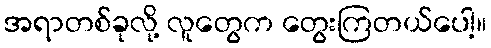
အရာတစ်ခုလို့ လူတွေက တွေးကြတယ်ပေါ့။